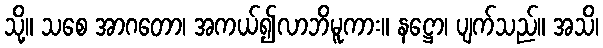
သို့။ သစေ အာဂတော၊ အကယ်၍လာဘိမူကား။ နဋ္ဌော၊ ပျက်သည်။ အသိ၊